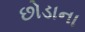
છોડાના